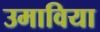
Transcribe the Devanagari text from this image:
उमाविया